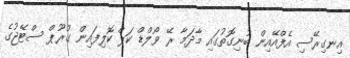
އިނގިރޭސި އެފްއޭއިން ބުނިގޮތުގައި މާދަމާ ރޭ ވޯލްޑް ކަޕް ކޮލިފައިން ގުރޫޕް ސްޓޭޖުގެ